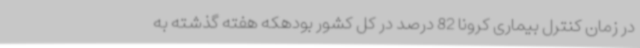
در زمان کنترل بیماری کرونا 82 درصد در کل کشور بودهکه هفته گذشته به